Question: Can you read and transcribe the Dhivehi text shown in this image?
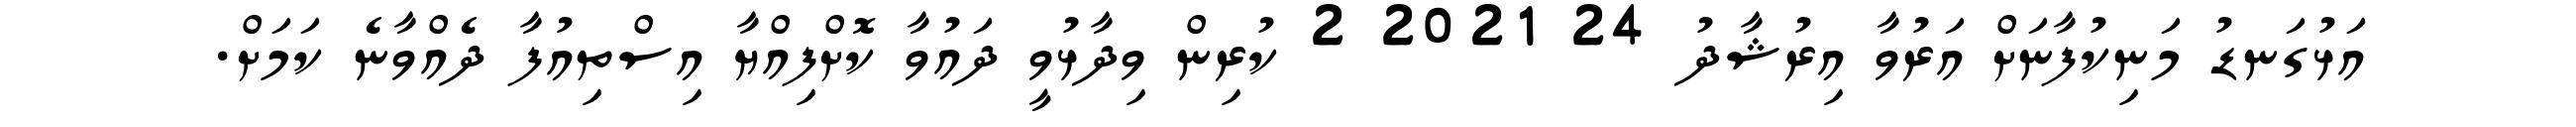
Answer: އަޅުގަނޑު މަނިކުފާނަށް އަރުވާ އިރުޝާދު 24 2021 2 ކުރިން ވިދާޅުވީ ދައުވާ ކޮށްފިއްޔާ އިސްތިއުފާ ދެއްވާނެ ކަމަށް.